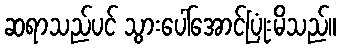
ဆရာသည်ပင် သွားပေါ်အောင်ပြုံးမိသည်။